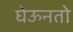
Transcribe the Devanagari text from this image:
घेऊनतो